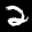
Label: 2